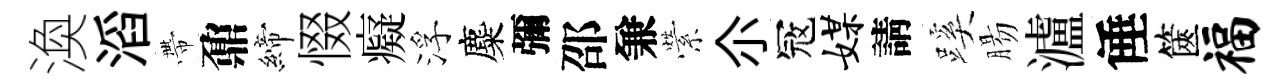
渙滔帶鼐締惙癡浮麋彌邵兼縈尒冦媒請蹊腸瀘倕篋福